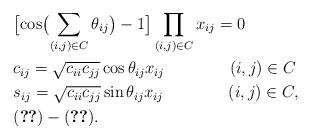
LaTeX: \begin{align*}& \bigl [ \cos \bigl ( \sum_{(i,j)\in C } \theta_{ij} \bigr ) - 1 \bigr] \prod_{(i,j)\in C }x_{ij} = 0 \\& c_{ij} = \sqrt{c_{ii}c_{jj}}\cos \theta_{ij} x_{ij} \qquad\qquad(i,j) \in C \\& s_{ij} = \sqrt{c_{ii}c_{jj}}\sin \theta_{ij} x_{ij} \qquad\qquad(i,j) \in C, \\& \eqref{dummy2}-\eqref{dummy5}.\end{align*}